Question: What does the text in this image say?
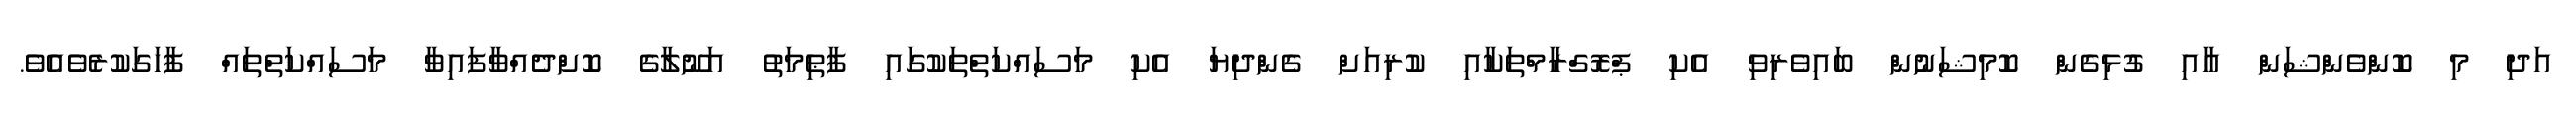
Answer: އަދި މި ކޮންވެންޝަން އާއި ގުޅިގެން ކޮމިޝަނުން ބައިވެރިވި އެކި ޕްރޮގްރާމްތަކާއި ކުރިއަށް ގެންދިޔަ އެކި މަސައްކަތްތަކުގައި ފާޠިމަތު އަނޫލާގެ ކޮށްދެއްވާފައިވާ މަސައްކަތްތައް ފާހަގަކުރެވެއެވެ.